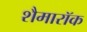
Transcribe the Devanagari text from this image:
शैमारॉक